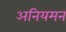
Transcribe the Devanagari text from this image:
अनियमन